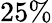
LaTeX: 25\%